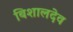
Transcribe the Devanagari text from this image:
बिशालदेव